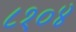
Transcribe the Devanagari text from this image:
८१०४